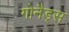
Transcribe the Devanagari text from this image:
गोनैड्स